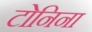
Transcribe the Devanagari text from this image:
टोनिना